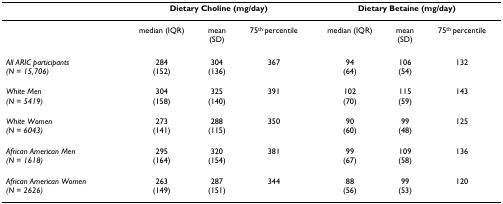
<table><thead><tr><td></td><td colspan="3"><b>Dietary Choline (mg/day)</b></td><td colspan="3"><b>Dietary Betaine (mg/day)</b></td></tr></thead><tbody><tr><td></td><td>median (IQR)</td><td>mean(SD)</td><td>75<sup>th </sup>percentile</td><td>median (IQR)</td><td>mean(SD)</td><td>75<sup>th </sup>percentile</td></tr><tr><td><i>All ARIC participants</i><i>(N = 15,706)</i></td><td>284(152)</td><td>304(136)</td><td>367</td><td>94(64)</td><td>106(54)</td><td>132</td></tr><tr><td><i>White Men</i><i>(N = 5419)</i></td><td>304(158)</td><td>325(140)</td><td>391</td><td>102(70)</td><td>115(59)</td><td>143</td></tr><tr><td><i>White Women</i><i>(N = 6043)</i></td><td>273(141)</td><td>288(115)</td><td>350</td><td>90(60)</td><td>99(48)</td><td>125</td></tr><tr><td><i>African American Men</i><i>(N = 1618)</i></td><td>295(164)</td><td>320(154)</td><td>381</td><td>99(67)</td><td>109(58)</td><td>136</td></tr><tr><td><i>African American Women</i><i>(N = 2626)</i></td><td>263(149)</td><td>287(151)</td><td>344</td><td>88(56)</td><td>99(53)</td><td>120</td></tr></tbody></table>